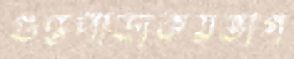
গুপ্তপাড়াকয়ভাগ